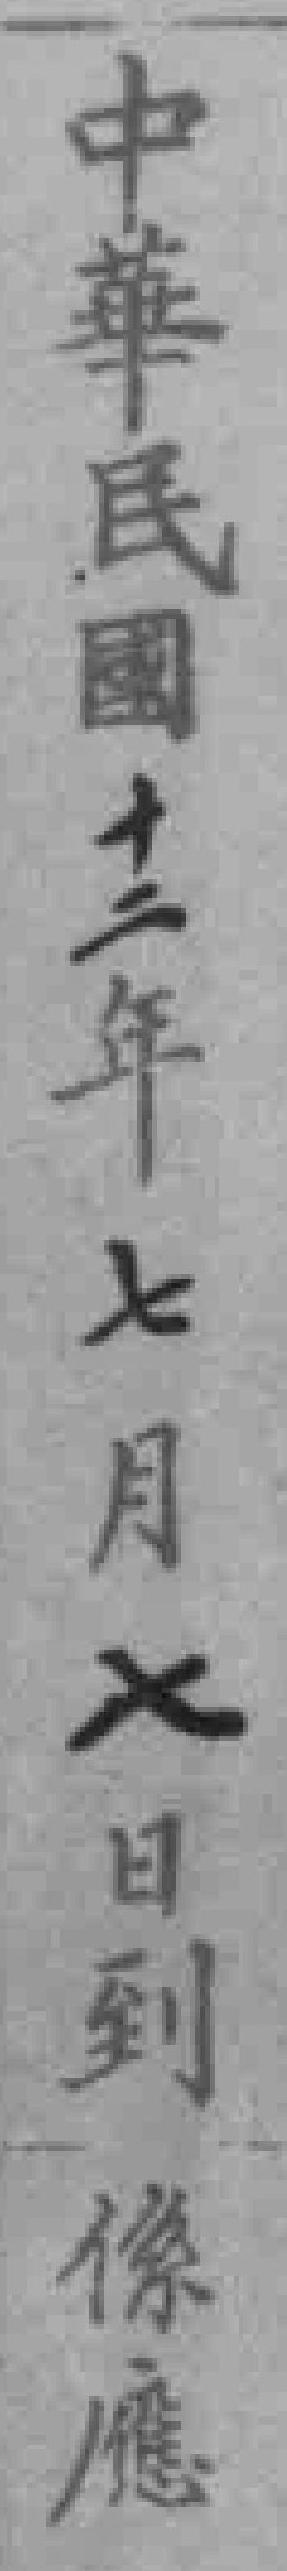
中華民國十二年七月七日到係應